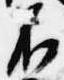
不